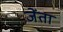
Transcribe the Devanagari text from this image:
जेंता